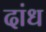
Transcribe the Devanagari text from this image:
दांध